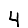
Digit: 4